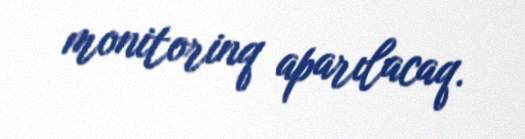
monitorinq aparılacaq.